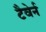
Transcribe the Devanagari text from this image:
टैवेर्न